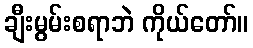
ချီးမွမ်းစရာဘဲ ကိုယ်တော်။